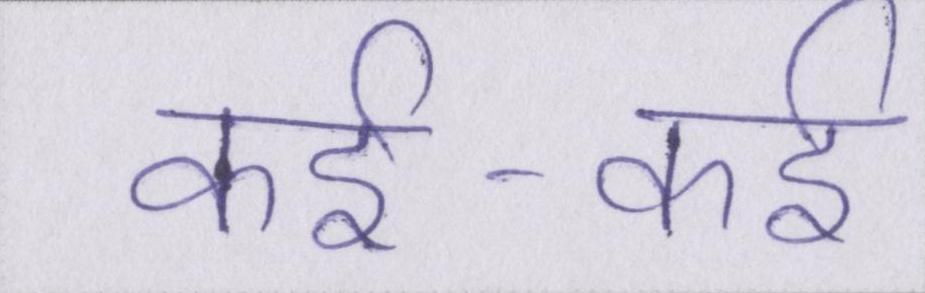
कई-कई